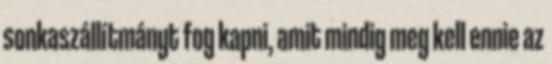
sonkaszállítmányt fog kapni, amit mindig meg kell ennie az